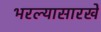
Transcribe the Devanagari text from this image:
भरल्यासारखे